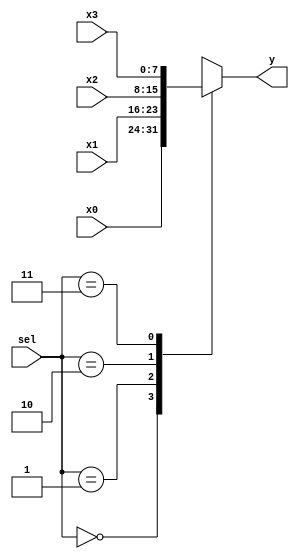
`timescale 1ns / 1ps
//////////////////////////////////////////////////////////////////////////////////
// Company: 
// Engineer: 
// 
// Design Name: 
// Module Name: mux48
// Project Name: 
// Target Devices: 
// Tool Versions: 
// Description: 
// 
// Dependencies: 
// 
// Revision:
// Revision 0.01 - File Created
// Additional Comments:
// 
//////////////////////////////////////////////////////////////////////////////////


module mux48(
    input [7:0] x0,
    input [7:0] x1,
    input [7:0] x2,
    input [7:0] x3,
    input [1:0] sel,
    output reg [7:0] y
    );
    always @ (x0 or x1 or x2 or x3 or sel)
      case(sel)
      2'd0: y=x0;
      2'd1: y=x1;
      2'd2: y=x2;
      2'd3: y=x3;
      endcase
endmodule